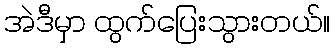
အဲဒီမှာ ထွက်ပြေးသွားတယ်။